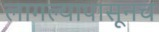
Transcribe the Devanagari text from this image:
लागल्यापासूनच